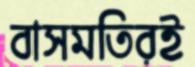
বাসমতিরই